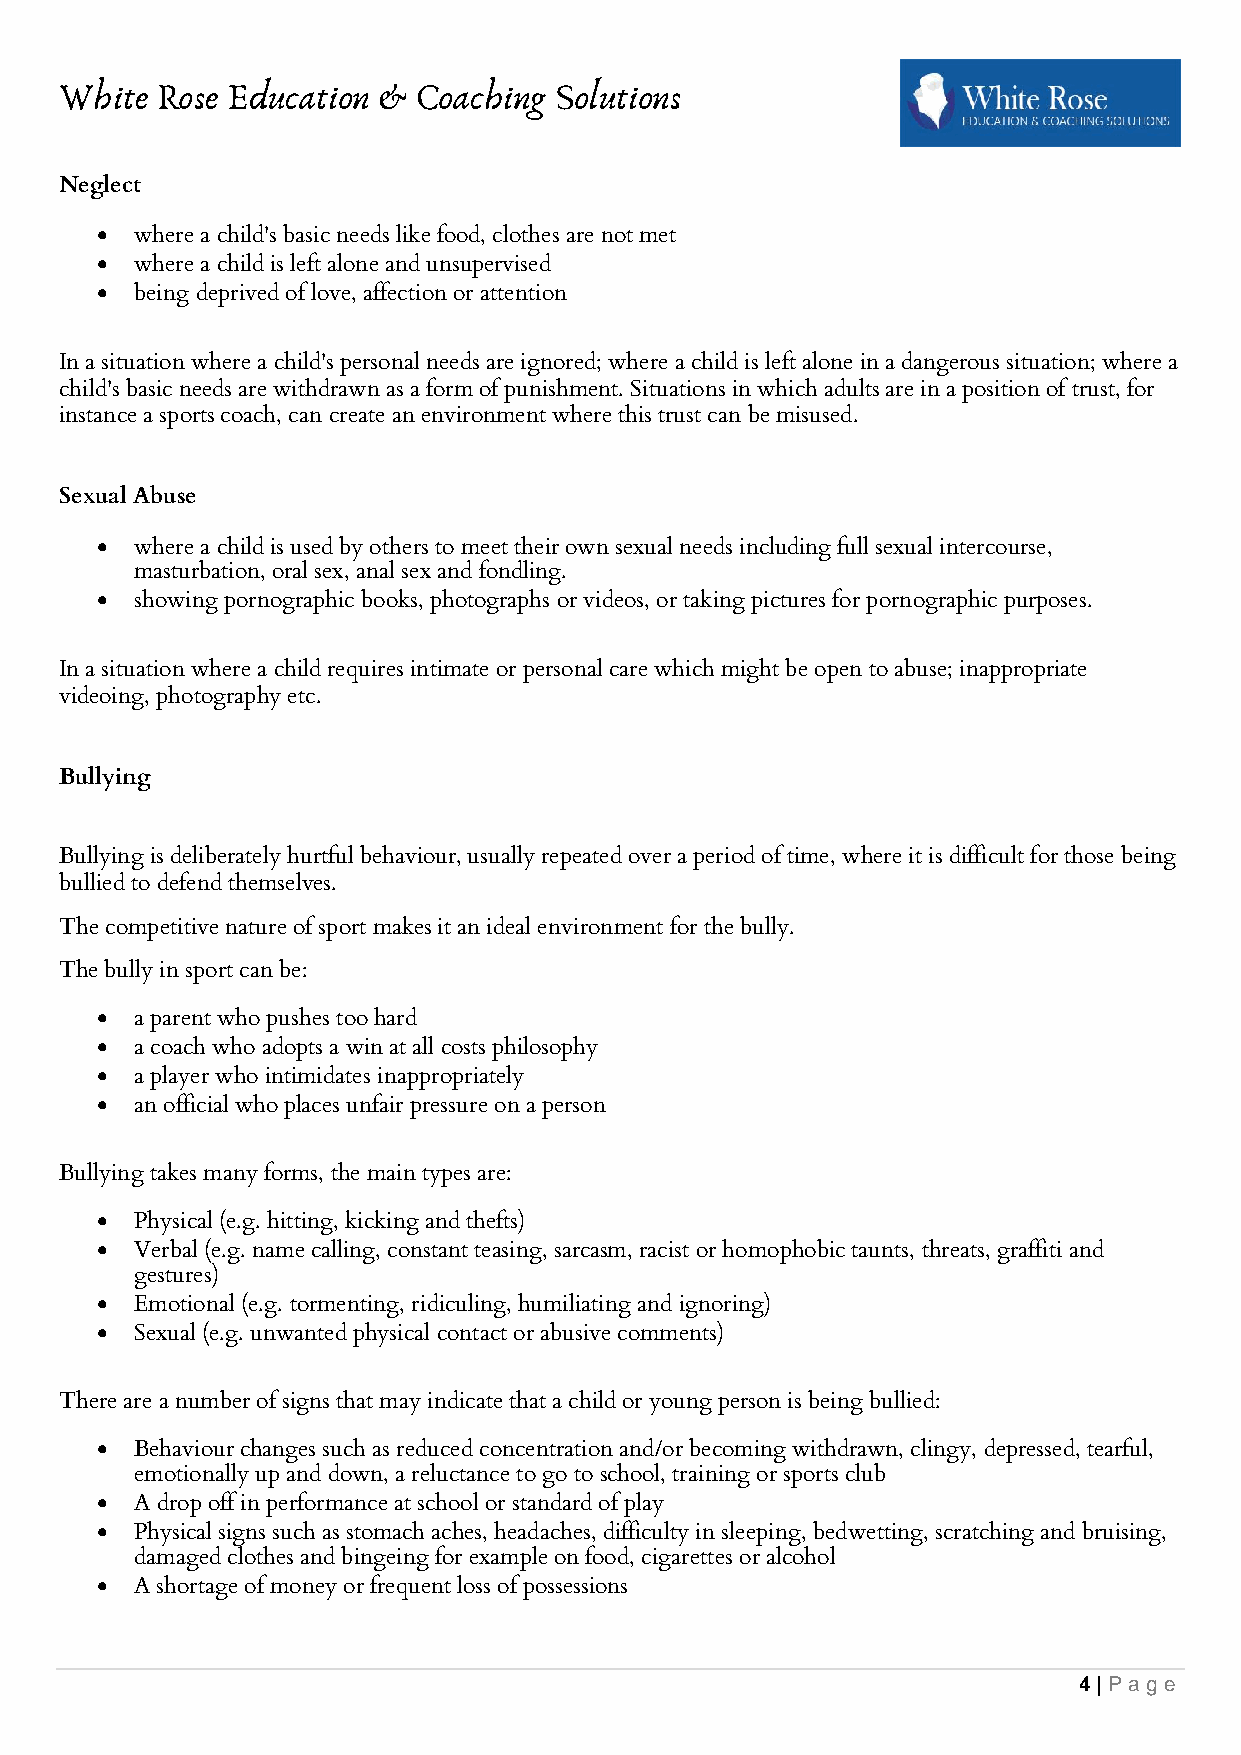
White Rose Education & Coaching  Solutions
 Neglect
 •  where a child's basic needs like food, clothes are not met
 •  where a child is left alone and unsupervised
 •  being deprived of love, affection or attention
 In a situation where a child's personal needs are ignored; where a child is left alone in a dangerous situation; where a
 child's basic needs are withdrawn as a form of punishment. Situations in which adults are in a position of trust, for
 instance a sports coach, can create an environment where this trust can be misused.
 Sexual Abuse
 •  where a child is used by others to meet their own sexual needs including full sexual intercourse,
 masturbation, oral sex, anal sex and fondling.
 •  showing pornographic books, photographs or videos, or taking pictures for pornographic purposes.
 In a situation where a child requires intimate or personal care which might be open to abuse; inappropriate
 videoing, photography etc.
 Bullying
 Bullying is deliberately hurtful behaviour, usually repeated over a period of time, where it is difficult for those being
 bullied to defend themselves.
 The competitive nature of sport makes it an ideal environment for the bully.
 The bully in sport can be:
 •  a parent who pushes too hard
 •  a coach who adopts a win at all costs philosophy
 •  a player who intimidates inappropriately
 •  an official who places unfair pressure on a person
 Bullying takes many forms, the main types are:
 •  Physical (e.g. hitting, kicking and thefts)
 •  Verbal (e.g. name calling, constant teasing, sarcasm, racist or homophobic taunts, threats, graffiti and
 gestures)
 •  Emotional (e.g. tormenting, ridiculing, humiliating and ignoring)
 •  Sexual (e.g. unwanted physical contact or abusive comments)
 There are a number of signs that may indicate that a child or young person is being bullied:
 •  Behaviour changes such as reduced concentration and/or becoming withdrawn, clingy, depressed, tearful,
 emotionally up and down, a reluctance to go to school, training or sports club
 •  A drop off in performance at school or standard of play
 •  Physical signs such as stomach aches, headaches, difficulty in sleeping, bedwetting, scratching and bruising,
 damaged clothes and bingeing for example on food, cigarettes or alcohol
 •  A shortage of money or frequent loss of possessions
 4 | Pag e